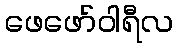
ဖေဖော်ဝါရီလ